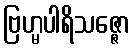
ဗြဟ္မပါရိသဇ္ဇော